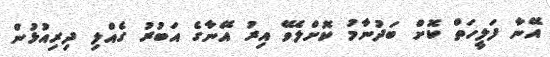
އޭނާ ފަލީހަތް ކޮށް ބަދުނާމު ކޮށްލެވޭ އިރު އޭނާގެ އަބުރު ގެއްލި ދިރިއުޅުން